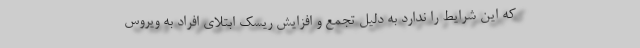
که این شرایط را ندارد به دلیل تجمع و افزایش ریسک ابتلای افراد به ویروس